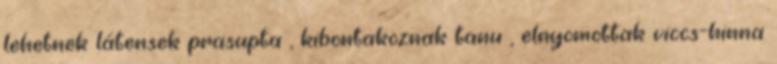
lehetnek látensek prasupta , kibontakoznak tanu , elnyomottak viccs-hinna